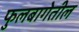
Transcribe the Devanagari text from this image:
फुलबागेतील